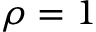
\rho = 1